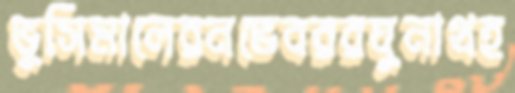
ভুসিমালেরনভেবররঘুনাথহ